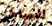
الساخر